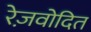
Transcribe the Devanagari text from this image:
रेज़वोदित